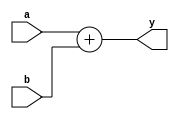
module adder (
        input  wire [31:0] a,
        input  wire [31:0] b,
        output wire [31:0] y
    );

    assign y = a + b;
    
endmodule